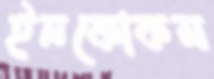
ইনফোকম